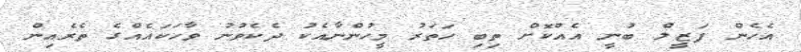
އެހެން ފަޒީލް ބުނީ އެއްކޮށް ތިބި ހަތަރު މީހުންނާއެކު ދެކެވުނު ވާހަކައެއްގެ ތެރެއިން